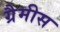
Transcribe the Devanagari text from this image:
ग्रैमीस